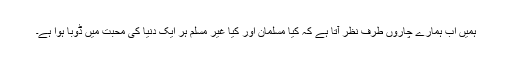
ہمیں اب ہمارے چاروں طرف نظر آتا ہے کہ کیا مسلمان اور کیا غیر مسلم ہر ایک دنیا کی محبت میں ڈوبا ہوا ہے۔